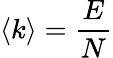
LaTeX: \langle k\rangle={\frac{E}{N}}